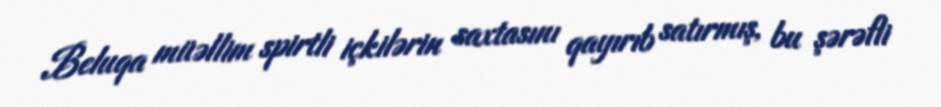
Beluqa müəllim spirtli içkilərin saxtasını qayırıb satırmış, bu şərəfli